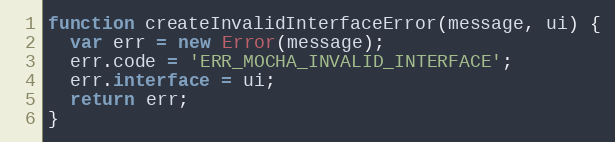
Language: JavaScript
function createInvalidInterfaceError(message, ui) {
  var err = new Error(message);
  err.code = 'ERR_MOCHA_INVALID_INTERFACE';
  err.interface = ui;
  return err;
}